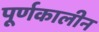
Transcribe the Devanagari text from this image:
पूर्णकालीन